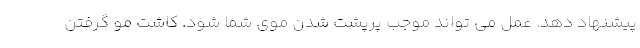
پیشنهاد دهد. عمل می تواند موجب پرپشت شدن موی شما شود. کاشت مو گرفتن